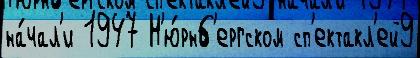
на́чал'и 1947 Н'ю́рнб'ергском сп'ектакл'ей9